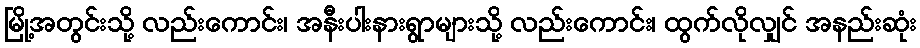
မြို့အတွင်းသို့ လည်းကောင်း၊ အနီးပါးနားရွာများသို့ လည်းကောင်း၊ ထွက်လိုလျှင် အနည်းဆုံး